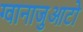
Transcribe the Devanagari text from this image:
ग्वानाजुआटो